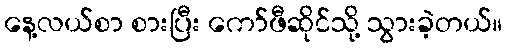
နေ့လယ်စာ စားပြီး ကော်ဖီဆိုင်သို့ သွားခဲ့တယ်။